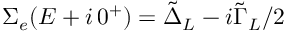
\Sigma _ { e } ( E + i \, 0 ^ { + } ) = \tilde { \Delta } _ { L } - i \tilde { \Gamma } _ { L } / 2